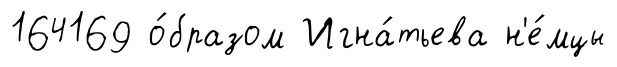
164169 о́бразом Игна́тьева н'е́мцы